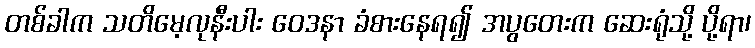
တစ်ခါက သတိမေ့လုနီးပါး ဝေဒနာ ခံစားနေရ၍ အပွတေးက ဆေးရုံသို့ ပို့ရာ၊